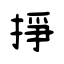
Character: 掙